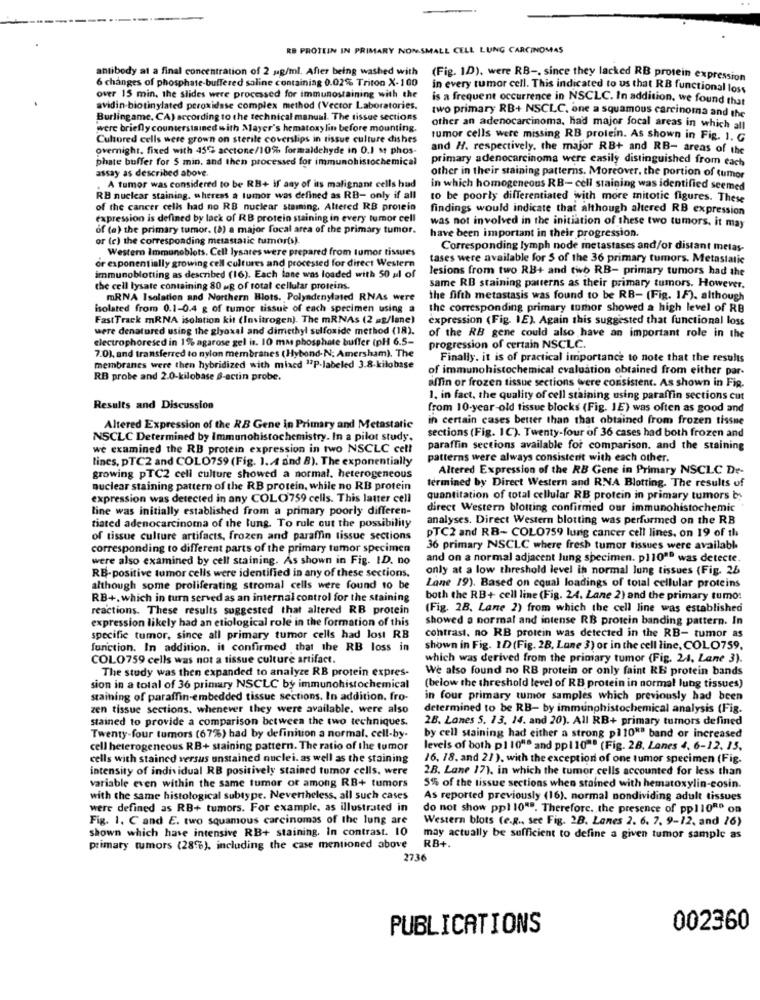
RB PROTEIN IN PRIMARY NOMSMALL CELL LUNG CARCINOMAS
antibody at a final concentration of 2 ug/ml. After being washed with
6 changes of phosphate-buffered saline containing 0.02% Triton X-100
(Fig. 1D), were RB -. since they lacked RB protein expression
in every tumor cell. This indicated to us that RB functional loss
over 15 min. the slides were processed for immunostaining with the
is a frequent occurrence in NSCLC. In addition, we found that
avidin-biotinylated peroxidase complex method (Vector Laboratories.
Burlingame, CA) according to the technical manual. The tissue sections
two primary RB+ NSCLC, one a squamous carcinoma and the
were briefly counterstained with Mayer's hematoxylin before mounting.
other an adenocarcinoma, had major focal areas in which all
Cultored cells were grown on sterile coverslips in tissue culture dishes
tumor cells were missing RB protein. As shown in Fig. I. G
overnight. fixed with 45% acctone/10% formaldehyde in 0.1 st phos-
and H. respectively. the major RB+ and RB- areas of the
phate buffer for 5 min. and then processed for immunohistochemical
primary adenocarcinoma were easily distinguished from each
assay as described above.
A tumor was considered to be RB+ If any of its malignant cells bad
other in their staining patterns. Moreover, the portion of tumor
in which homogeneous RB- cell staining was identified seemed
RB nuclear staining. whereas a tumor was defined as RB- only if all
to be poorly differentiated with more mitotic figures. These
of the cancer cells had no RB nuclear staming, Altered RB protein
findings would indicate that although altered RB expression
expression is defined by lack of RB protein staining in every tumor cell
of (a) the primary tumor. (8) a major focal area of the primary tumor.
was not involved in the initiation of these two tumors, it may
or (c) the corresponding metastatic tumor(s).
have been important in their progression.
Western Immunoblots. Cell lysares were prepared from tumor tissues
Corresponding lymph node metastases and/or distant metas-
or exponentially growing cell cultures and processed for direct Western
tases were available for 5 of the 36 primary tumors. Metastatic
lesions from two RB+ and two RB- primary tumors had the
immunoblotting as described (16). Each lane was loaded with 50 al of
the cell lysate containing 80 g of total cellular proteins.
same RB staining patterns as their primary tumors. However.
mRNA Isolation and Northern Blots. Polyndenylated RNAs were
the fifth metastasis was found to be RB- (Fig. IF). although
isolated from 0.1-0.4 g of tumor tissue of each specimen using a
the corresponding primary tumor showed a high level of RB
Fast Track mRNA isolation kit (Invitrogen). The mRNAs (2 ag/lane)
expression (Fig. 1E). Again this suggested that functional loss
were denatured using the glyoxal and dimethyl sulfonide method (18).
electrophoresed in 1% agarose gel is. 10 mm phosphate buffer (pH 6.5-
of the RB gene could also have an important role in the
7.0), and transferred to nylon membranes (Hybond-N; Amersham). The
progression of certain NSCLC.
Finally. it is of practical importance to note that the results
membranes were then hybridized with mixed "2P-labeled 3.8-kilobase
of immunohistochemical evaluation obtained from either par-
RB probe and 2.0-kilobase &-actin probe.
affin or frozen tissue sections were consistent. As shown in Fig.
1. in fact, the quality of cell staining using paraffin sections cut
Results and Discussion
from 10-year-old tissue blocks (Fig. JE) was often as good and
in certain cases better than that obtained from frozen tissue
Altered Expression of the RB Gene in Primary and Metastatic
NSCLC Determined by Immunohistochemistry. In a pilot study.
sections (Fig. 1C). Twenty-four of 36 cases had both frozen and
we examined the RB protein expression in two NSCLC cell
paraffin sections available for comparison. and the staining
lines, pTC2 and COLO759 (Fig. 1. A and B). The exponentially
patterns were always consistent with each other.
Altered Expression of the RB Gene in Primary NSCLC De-
growing PTC2 cell culture showed a normal, heterogeneous
termined by Direct Western and RNA Blotting. The results of
nuclear staining pattern of the RB protein, while no RB protein
expression was detected in any COLO759 cells. This latter cell
quantitation of total cellular RB protein in primary tumors by
line was initially established from a primary poorly differen-
direct Western blotting confirmed our immunohistochemic
analyses. Direct Western blotting was performed on the RB
tiated adenocarcinoma of the lung. To rule out the possibility
of tissue culture artifacts, frozen and paraffin tissue sections
PTC2 and RB- COLO759 lung cancer cell lines, on 19 of th
corresponding to different parts of the primary tumor specimen
36 primary NSCLC where fresh tumor tissues were available
were also examined by cell staining. As shown in Fig. ID. no
and on a normal adjacent lung specimen. pl10ªª was detecte.
only at a low threshold level in normal Jung tissues (Fig. 26
RB-positive tumor cells were identified in any of these sections.
although some proliferating stromal cells were found to be
Lane 19). Based on equal loadings of total cellular proteins
RB+, which in turn served as an internal control for the staining
both the RB+ cell line (Fig. 24. Lane 2) and the primary tumo:
reactions. These results suggested that altered RB protein
(Fig. 28. Lane 2) from which the cell line was established
expression likely had an etiological role in the formation of this
showed a normal and intense RB protein banding pattern. In
contrast, no RB protein was detected in the RB- tumor as
specific tumor, since all primary tumor cells had lost RB
function. In addition. it confirmed that the RB loss in
shown in Fig. 1D (Fig. 28, Lane 3) or in the cell line, COLO759.
COLO759 cells was not a tissue culture artifact.
which was derived from the primary tumor (Fig. 24, Lane 3).
The study was then expanded to analyze RB protein expres-
We also found no RB protein or only faint RE protein bands
sion in a total of 36 primary NSCLC by immunohistochemical
(below the threshold level of RB protein in normal lung tissues)
staining of paraffin-embedded tissue sections. In addition. fro-
in four primary tumor samples which previously had been
zen tissue sections. whenever they were available. were also
determined to be RB- by immunohistochemical analysis (Fig.
stained to provide a comparison between the two techniques.
2B. Lones 5. 13. 14. and 20). All RB+ primary tumors defined
Twenty-four tumors (67%) had by definition a normal. cell-by-
by cell staining had either a strong pl10"" band or increased
cell heterogeneous RB+ staining pattern. The ratio of the tumor
levels of both pl 10"" and ppl 10"" (Fig. 28. Lanes 4, 6-12. 15,
cells with stained versus unstained nuclei. as well as the staining
16. 18. and 21 ), with the exception of one tumor specimen (Fig.
intensity of individual RB positively stained tumor cells, were
2B. Lane 17), in which the tumor cells accounted for less than
variable even within the same tumor or among RB+ tumors
5% of the tissue sections when stained with hematoxylin-eosin.
with the same histological subtype. Nevertheless, all such cases
As reported previously (16). normal nondividing adult tissues
were defined as RB+ tumors. For example, as illustrated in
do not show ppl 10"". Therefore. the presence of ppl10Re on
Fig. 1. C and E. two squamous carcinomas of the lung are
Western blots (e.g ., see Fig. 2B. Lanes 2. 6. 7. 9-12, and 16)
shown which have intensive RB+ staining. In contrast. 10
may actually be sufficient to define a given tumor sample as
primary rumors (28%), including the case mentioned above
RB+.
2736
PUBLICATIONS
002360